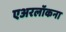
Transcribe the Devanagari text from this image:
एअरलॉकना